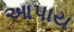
આપાય